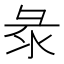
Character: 𢑗